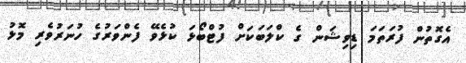
އެގޮތުން ފުރަތަމަ ޑިވިޝަން ގެ ކްލަބަކަށް ފުޓްބޯޅަ ކުޅެވޭ ފެންވަރުގެ ހުނަރުވެރި މޮޅު